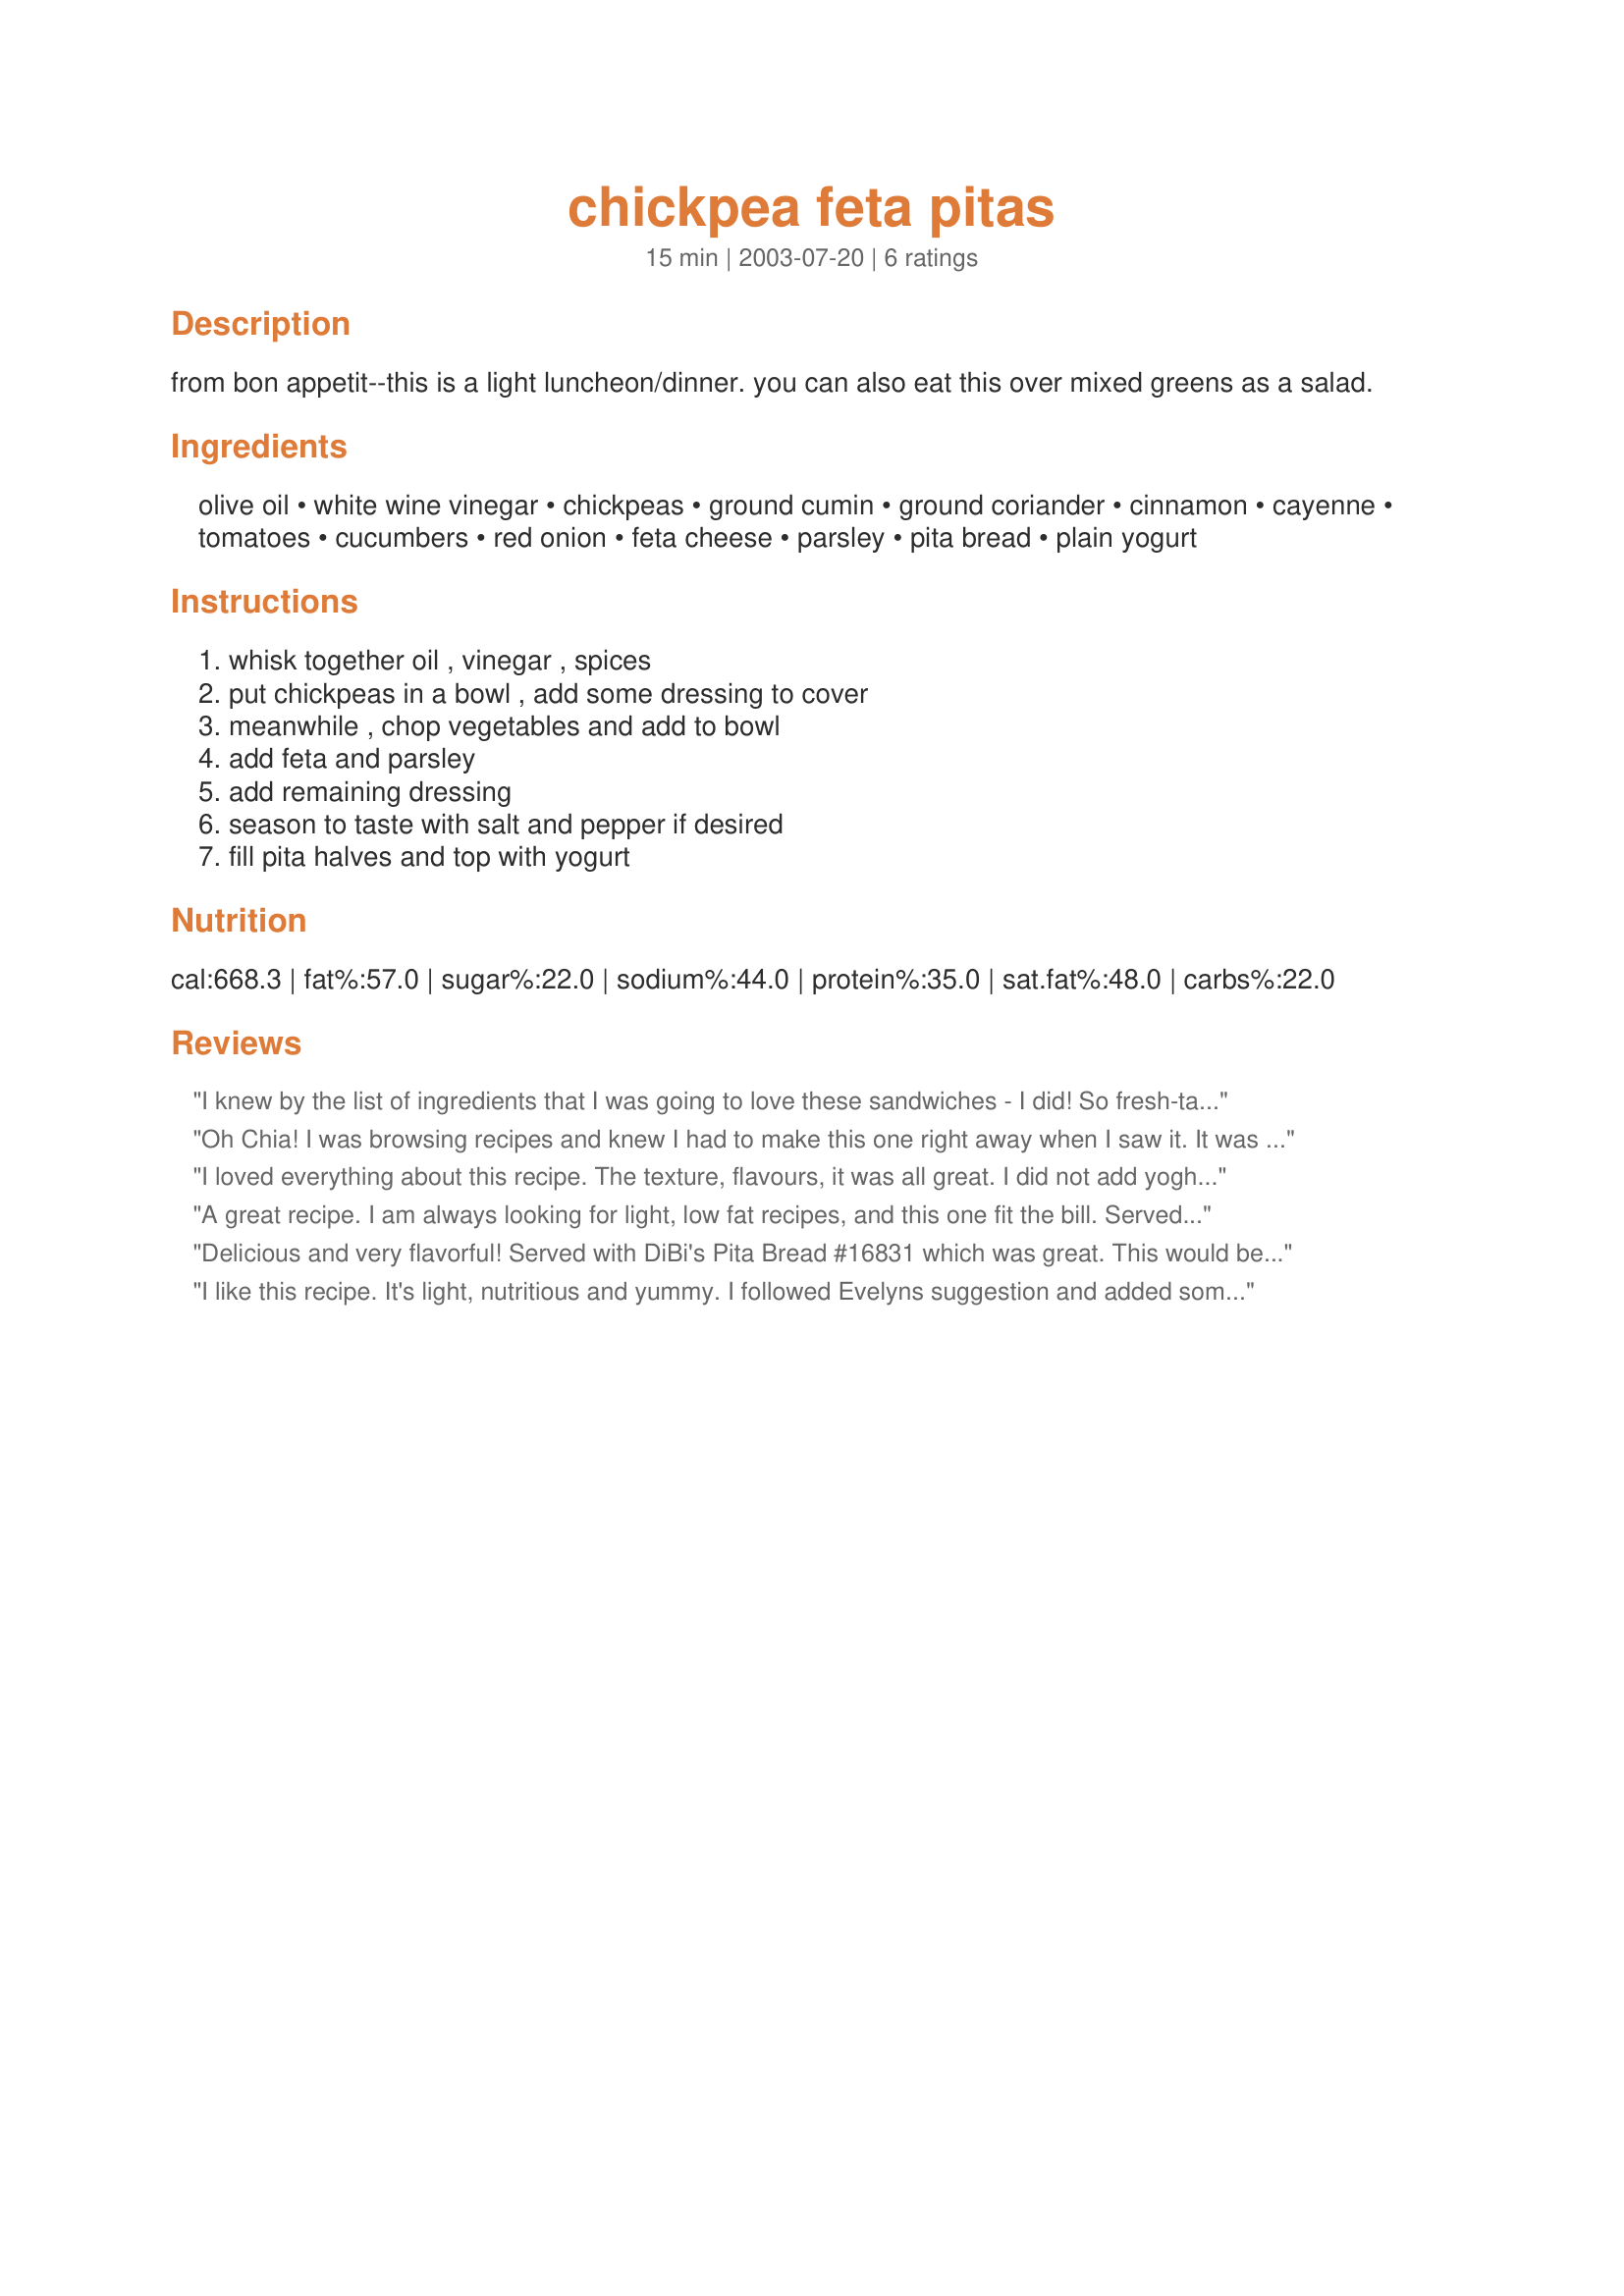
chickpea feta pitas
Preparation time: 15 minutes

from bon appetit--this is a light luncheon/dinner. you can also eat this over mixed greens as a salad.

Ingredients:
olive oil, white wine vinegar, chickpeas, ground cumin, ground coriander, cinnamon, cayenne, tomatoes, cucumbers, red onion, feta cheese, parsley, pita bread, plain yogurt

Steps:
whisk together oil , vinegar , spices, put chickpeas in a bowl , add some dressing to cover, meanwhile , chop vegetables and add to bowl, add feta and parsley, add remaining dressing, season to taste with salt and pepper if desired, fill pita halves and top with yogurt

Reviews:
I knew by the list of ingredients that I was going to love these sandwiches - I did! So fresh-tasting and GOOD for you!!! I used red-wine vinegar instead of white, an eentsy garlic clove in the dressing and also added a good fistful of fresh spearmint leaves, which are so good with all these flavours. It's a keeper, chia.
Oh Chia! I was browsing recipes and knew I had to make this one right away when I saw it. It was wonderful!! I love the tangy flavor and it's so colorful. I think it would be good with cous cous or orzo/rice pilaf, too...maybe with some marinated asparagus spears next to it - ooh, the possibilities. These are ingredients I always have on hand so I know it's going to become a staple in my fridge, especially for easy flavorful lunches. Thanks so much for a new favorite!! :o)
I loved everything about this recipe. The texture, flavours, it was all great. I did not add yoghurt but tzatziki. Had this for a dinner on my own and enjoyed every bite...in the keeper file this goes!! Thanks Chia!
A great recipe. I am always looking for light, low fat recipes, and this one fit the bill. Served it with Tzatziki recipe #88946 and it was delicious. Thanks Chia for a great recipe.
Delicious and very flavorful! Served with DiBi's Pita Bread #16831 which was great. This would be fabulous over greens since the mixture is so fresh and colorful. Thanks, chia, we loved it!

I like this recipe. It's light, nutritious and yummy. I followed Evelyns suggestion and added some garlic and fresh mint. Thanks Chia!
